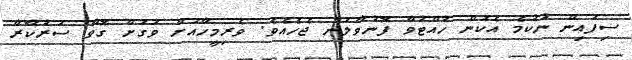
ސިފައިން ނުކުމެ އެކަން ހުއްޓުވާ ފޮނުވާލަން ޖެހެއެވެ. ވެރިމީހާއަށް ވަގަށް ގޮވާ ސަރުކާރާ